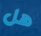
هل